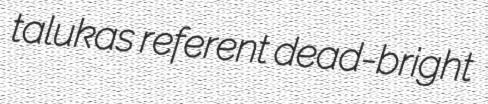
talukas referent dead-bright